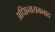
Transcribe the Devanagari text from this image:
अधिानायकवाद